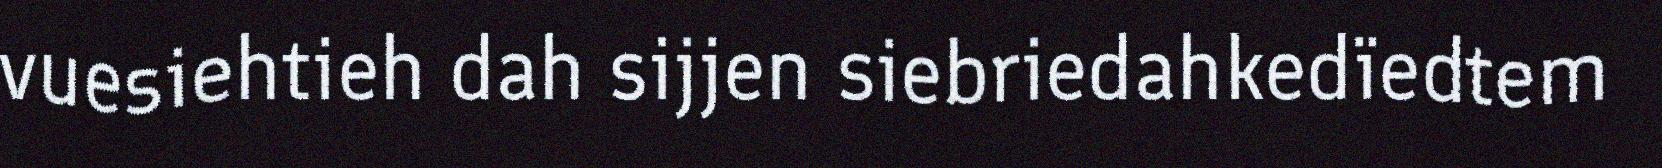
vuesiehtieh dah sijjen siebriedahkedïedtem